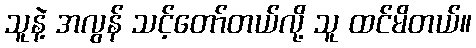
သူနဲ့ အလွန် သင့်တော်တယ်လို့ သူ ထင်မိတယ်။